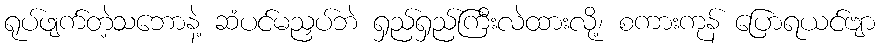
ရုပ်ဖျက်တဲ့သဘောနဲ့ ဆံပင်မညှပ်ဘဲ ရှည်ရှည်ကြီးလဲထားလို့၊ စကားကုန် ပြောရယင်ဗျာ